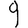
Digit: 9